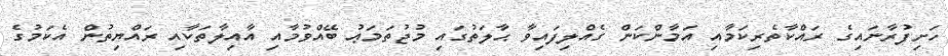
ހަށިފުރާނައިގެ ރައްކާތެރިކަމާއި އަމާންކަން ގެއްލިފައިވާ ޙާލަތުގައި މުޖުތަމަޢު ބޭއްވުމާއި އާއިލާތަކާއި ރައްޔިތުން އެކަމުގެ